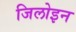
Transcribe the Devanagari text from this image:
जिलोइन